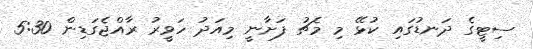
ސިޓީގެ ދަނޑުގައި ކުޅޭ މި މެޗު ފަށާނީ މިއަދު ހަވީރު ރާއްޖެގަޑިން 5:30